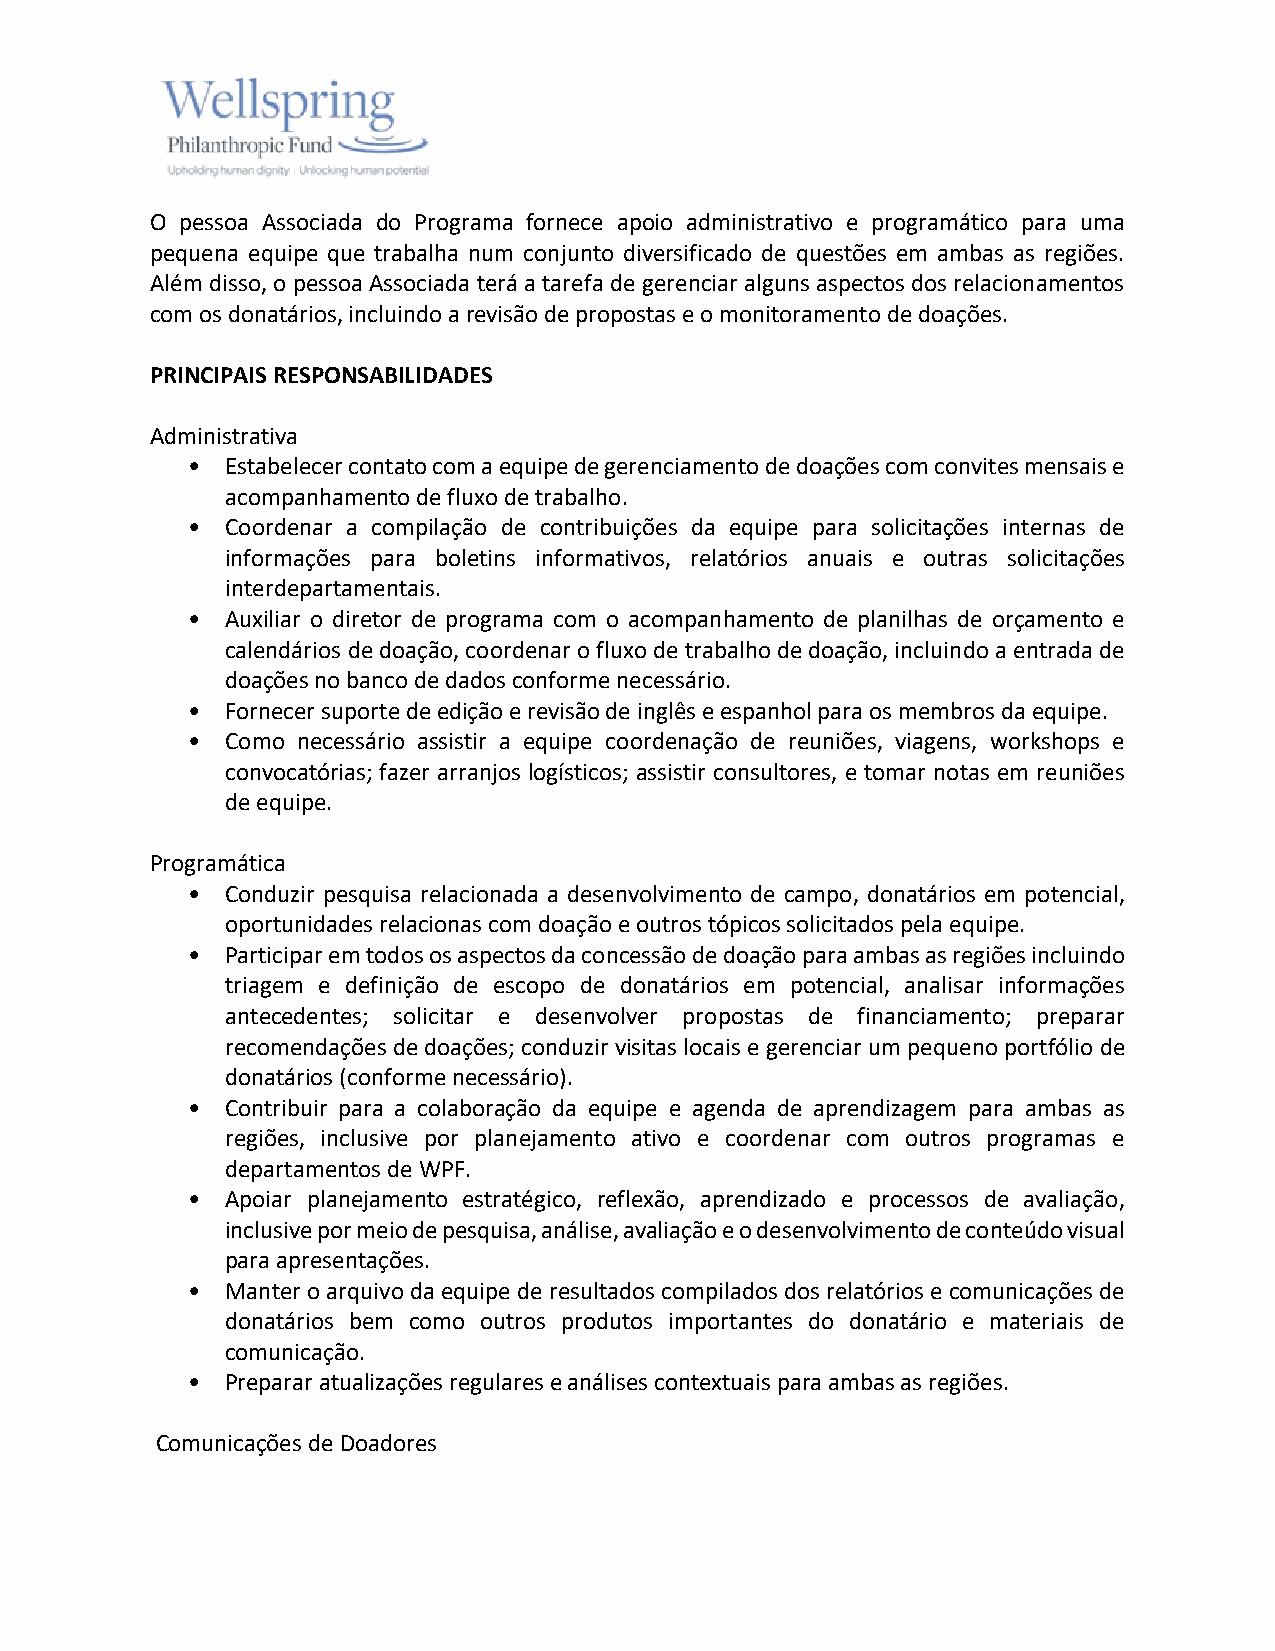
O pessoa Associada do Programa fornece apoio administrativo e programático para uma
 pequena equipe que trabalha num conjunto diversificado de questões em ambas as regiões.
 Além disso, o pessoa Associada terá a tarefa de gerenciar alguns aspectos dos relacionamentos
 com os donatários, incluindo a revisão de propostas e o monitoramento de doações.
 PRINCIPAIS RESPONSABILIDADES
 Administrativa
 •  Estabelecer contato com a equipe de gerenciamento de doações com convites mensais e
 acompanhamento de fluxo de trabalho.
 •  Coordenar a compilação de contribuições da equipe para solicitações internas de
 informações para boletins informativos, relatórios anuais e outras solicitações
 interdepartamentais.
 •  Auxiliar o diretor de programa com o acompanhamento de planilhas de orçamento e
 calendários de doação, coordenar o fluxo de trabalho de doação, incluindo a entrada de
 doações no banco de dados conforme necessário.
 •  Fornecer suporte de edição e revisão de inglês e espanhol para os membros da equipe.
 •  Como necessário assistir a equipe coordenação de reuniões, viagens, workshops e
 convocatórias; fazer arranjos logísticos; assistir consultores, e tomar notas em reuniões
 de equipe.
 Programática
 •  Conduzir pesquisa relacionada a desenvolvimento de campo, donatários em potencial,
 oportunidades relacionas com doação e outros tópicos solicitados pela equipe.
 •  Participar em todos os aspectos da concessão de doação para ambas as regiões incluindo
 triagem e definição de escopo de donatários em potencial, analisar informações
 antecedentes; solicitar e desenvolver propostas de financiamento; preparar
 recomendações de doações; conduzir visitas locais e gerenciar um pequeno portfólio de
 donatários (conforme necessário).
 •  Contribuir para a colaboração da equipe e agenda de aprendizagem para ambas as
 regiões, inclusive por planejamento ativo e coordenar com outros programas e
 departamentos de WPF.
 •  Apoiar planejamento estratégico, reflexão, aprendizado e processos de avaliação,
 inclusive por meio de pesquisa, análise, avaliação e o desenvolvimento de conteúdo visual
 para apresentações.
 •  Manter o arquivo da equipe de resultados compilados dos relatórios e comunicações de
 donatários bem como outros produtos importantes do donatário e materiais de
 comunicação.
 •  Preparar atualizações regulares e análises contextuais para ambas as regiões.
 Comunicações de Doadores